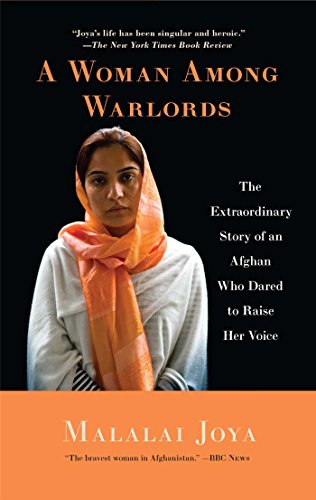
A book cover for A Woman Among Warlords: The Extraordinary Story of an Afghan Who Dared to Raise Her Voice; Malalai Joya; Religion & Spirituality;